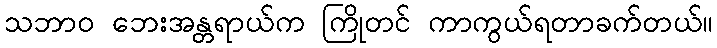
သဘာဝ ဘေးအန္တရာယ်က ကြိုတင် ကာကွယ်ရတာခက်တယ်။